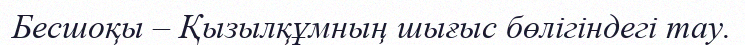
Бесшоқы – Қызылқұмның шығыс бөлігіндегі тау.